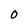
Character: 0